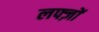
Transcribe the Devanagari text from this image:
लफ्ज़ों